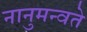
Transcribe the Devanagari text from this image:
नानुमन्वते